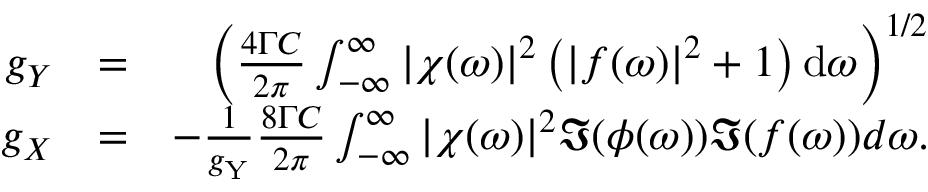
\begin{array} { r l r } { g _ { Y } } & { = } & { \left( \frac { 4 \Gamma C } { 2 \pi } \int _ { - \infty } ^ { \infty } \left| \chi ( \omega ) \right| ^ { 2 } \left( \left| f ( \omega ) \right| ^ { 2 } + 1 \right) \mathrm { d } \omega \right) ^ { 1 / 2 } } \\ { g _ { X } } & { = } & { - \frac { 1 } { g _ { \mathrm { Y } } } \frac { 8 \Gamma C } { 2 \pi } \int _ { - \infty } ^ { \infty } | \chi ( \omega ) | ^ { 2 } \Im { ( \phi ( \omega ) ) \Im { ( f ( \omega ) ) } } d \omega . } \end{array}